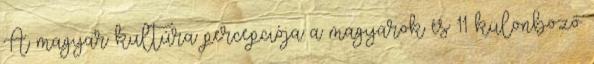
A magyar kultúra percepciója a magyarok és 11 különböző